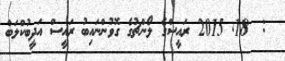
:  18